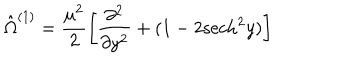
LaTeX: \hat { \Omega } ^ { ( 1 ) } = \frac { \mu ^ { 2 } } { 2 } \left[ \frac { \partial ^ { 2 } } { \partial y ^ { 2 } } + ( 1 - 2 \mathrm { s e c h } ^ { 2 } y ) \right]